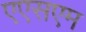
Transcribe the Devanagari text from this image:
एएसएम